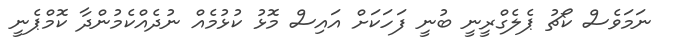
ނަމަވެސް ކޯޗު ޕެލެގްރީނީ ބުނީ ފަހަކަށް އައިސް މޮޅު ކުޅުމެއް ނުދެއްކެމުންދާ ކޮމްޕެނީ